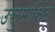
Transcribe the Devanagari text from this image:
उसुमासिंटा